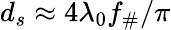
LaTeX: d_{s}\approx 4\lambda_{0}f_{\# }/\pi